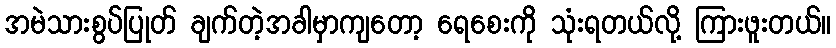
အမဲသားစွပ်ပြုတ် ချက်တဲ့အခါမှာကျတော့ ရေစေးကို သုံးရတယ်လို့ ကြားဖူးတယ်။